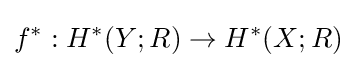
f^{*}:H^{*}(Y;R)\to H^{*}(X;R)